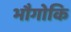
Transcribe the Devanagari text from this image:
भौगोकि